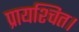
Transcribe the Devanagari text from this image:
प्रायश्चित।